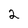
Character: 2